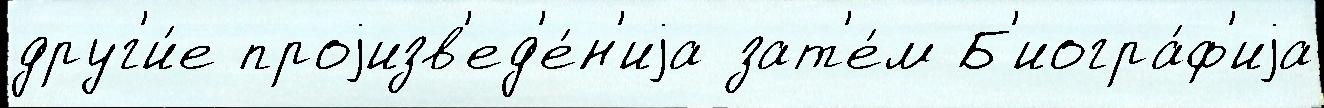
друг'и́е проjизв'ед'е́н'иjа зат'е́м Б'иогра́ф'иjа